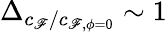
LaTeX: \Delta_{c_{\mathscr{F}}/c_{\mathscr{F},\phi=0}}\sim1